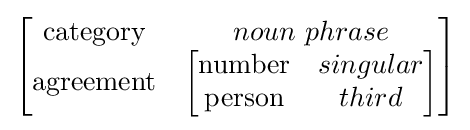
{\begin{bmatrix}{\mbox{category}}&noun\ phrase\\{\mbox{agreement}}&{\begin{bmatrix}{\mbox{number}}&singular\\{\mbox{person}}&third\end{bmatrix}}\end{bmatrix}}